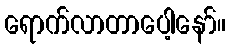
ရောက်လာတာပေါ့နော်။